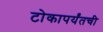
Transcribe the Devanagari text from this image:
टोकापर्यंतची